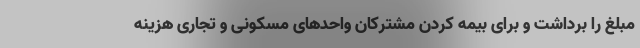
مبلغ را برداشت و برای بیمه کردن مشترکان واحدهای مسکونی و تجاری هزینه